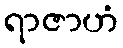
ရာဇာဟံ